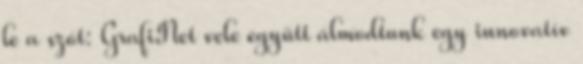
le a szót: GrafiNet vele együtt álmodtunk egy innovatív